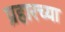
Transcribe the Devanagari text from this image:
प्रहारच्या